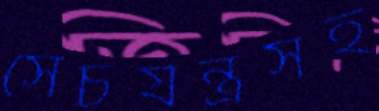
সেচযন্ত্রসহ